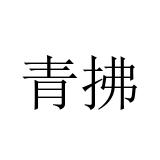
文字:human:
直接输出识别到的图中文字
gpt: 青拂